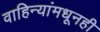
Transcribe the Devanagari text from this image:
वाहिन्यांमधूनही